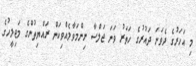
މި އަހަރުގެ ދެވަނަ ދައުރުގެ ހަތަރު ވަނަ ޖަލްސާ ނިންމަވާލެއްވިކަން ރައްޔިތުންގެ މަޖިލީހުގެ